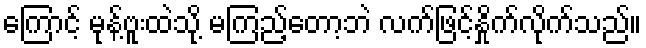
ကြောင့် မုန့်ဗူးထဲသို့ မကြည့်တော့ဘဲ လက်ဖြင့်နှိုက်လိုက်သည်။